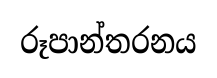
රූපාන්තරනය